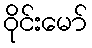
ဝိုင်းမော်